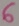
Text: 6